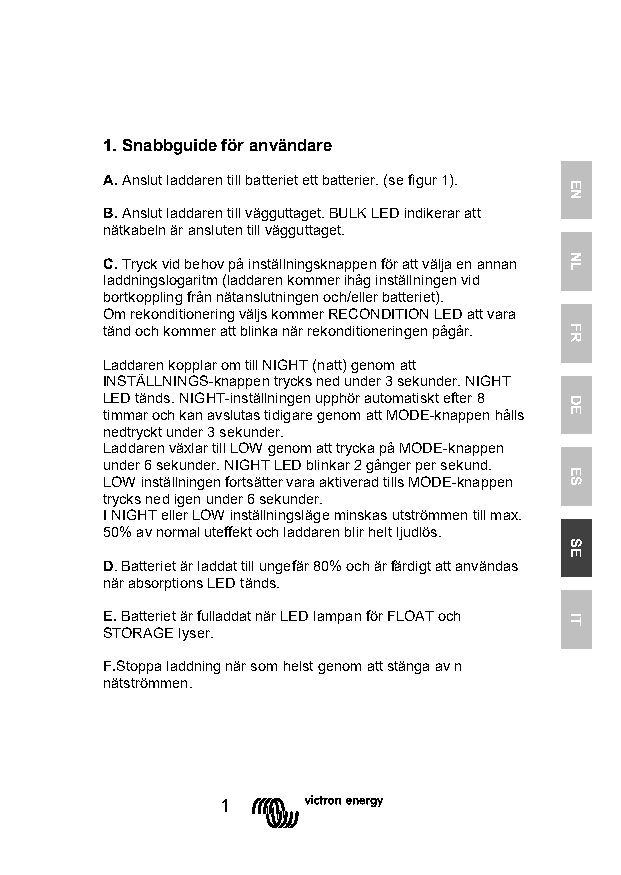
1. Snabbguide för användare
 A. Anslut laddaren till batteriet ett batterier. (se figur 1).
 B. Anslut laddaren till vägguttaget. BULK LED indikerar att
 nätkabeln är ansluten till vägguttaget.
 C. Tryck vid behov på inställningsknappen för att välja en annan
 laddningslogaritm (laddaren kommer ihåg inställningen vid
 bortkoppling från nätanslutningen och/eller batteriet).
 Om rekonditionering väljs kommer RECONDITION LED att vara
 tänd och kommer att blinka när rekonditioneringen pågår.
 Laddaren kopplar om till NIGHT (natt) genom att
 INSTÄLLNINGS-knappen trycks ned under 3 sekunder. NIGHT
 LED tänds. NIGHT-inställningen upphör automatiskt efter 8
 timmar och kan avslutas tidigare genom att MODE-knappen hålls
 nedtryckt under 3 sekunder.
 Laddaren växlar till LOW genom att trycka på MODE-knappen
 under 6 sekunder. NIGHT LED blinkar 2 gånger per sekund.
 LOW inställningen fortsätter vara aktiverad tills MODE-knappen
 trycks ned igen under 6 sekunder.
 I NIGHT eller LOW inställningsläge minskas utströmmen till max.
 50% av normal uteffekt och laddaren blir helt ljudlös.
 D. Batteriet är laddat till ungefär 80% och är färdigt att användas
 när absorptions LED tänds.
 E. Batteriet är fulladdat när LED lampan för FLOAT och
 STORAGE lyser.
 F.Stoppa laddning när som helst genom att stänga av n
 nätströmmen.
 1
 EN
 NL
 FR
 DE
 ES
 SE
 IT